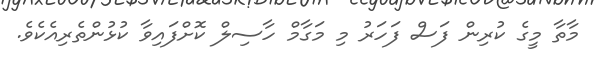
މާތާ މީގެ ކުރިން ފަސް ފަހަރު މި މަގާމް ހާސިލް ކޮށްފައިވާ ކުޅުންތެރިއެކެވެ.